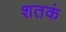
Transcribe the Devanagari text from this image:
शतकं